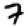
Digit: 7